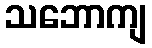
သဘောကျ